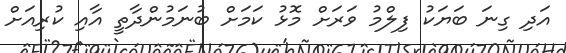
އަދި ގިނަ ބަޔަކު ފިލްމު ވަރަށް މޮޅު ކަމަށް ބުނަމުންދާތީ އާއި ކުރިއަށް